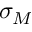
\sigma _ { M }